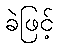
ခဲဖြင့်